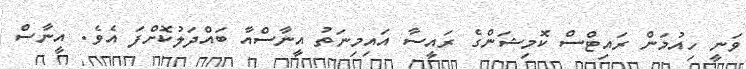
ވަނީ ހިއުމަން ރައިޓްސް ކޮމިޝަންގެ ރައީސާ އައިމިނަތު އީނާސްއާ ބައްދަލުކޮށްފަ އެވެ. އީނާސް